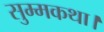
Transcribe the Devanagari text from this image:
सुम्मकथा।